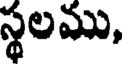
స్థలము,